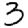
Digit: 3